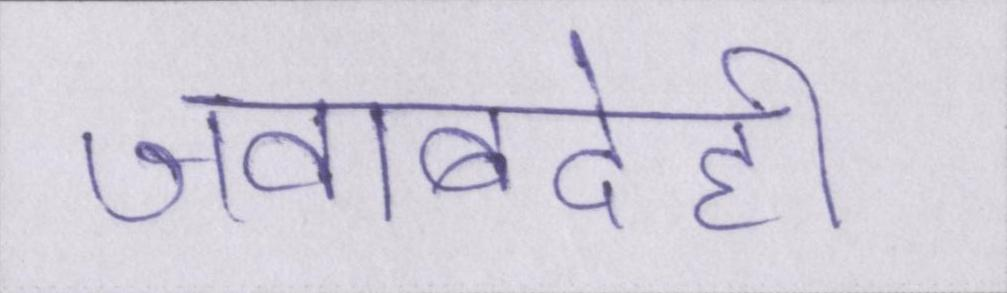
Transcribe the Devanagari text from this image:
जवाबदेही